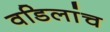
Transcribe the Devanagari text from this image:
वडिलांच